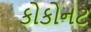
કોકોનટ